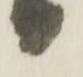
り